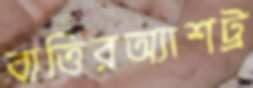
বাত্তিরঅ্যাশট্র